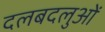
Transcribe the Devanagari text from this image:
दलबदलुओं